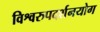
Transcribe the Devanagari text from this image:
विश्वरुपदर्शनयोग